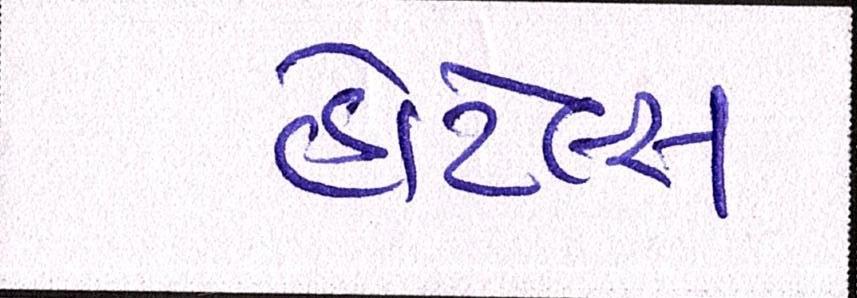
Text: હોટેલ્સ